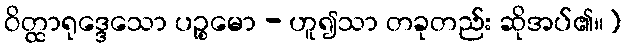
ဝိတ္ထာရုဒ္ဒေသော ပဉ္စမော - ဟူ၍သာ တခုတည်း ဆိုအပ်၏။)